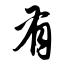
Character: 有